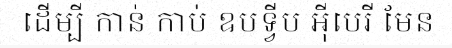
ដើម្បី កាន់ កាប់ ឧបទ្វីប អ៊ីបេរី មែន